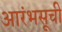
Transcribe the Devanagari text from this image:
आरंभसूची